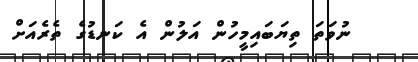
ނުވަތަ ތިޔަބައިމީހުން އަލުން އެ ކަނޑުގެ ތެރެއަށް